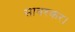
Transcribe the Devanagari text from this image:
सावरकर।